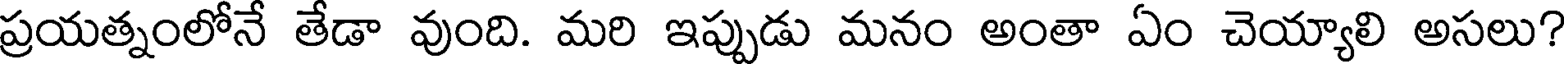
ప్రయత్నంలోనే తేడా వుంది. మరి ఇప్పుడు మనం అంతా ఏం చెయ్యాలి అసలు?